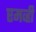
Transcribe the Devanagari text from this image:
एमव्ही